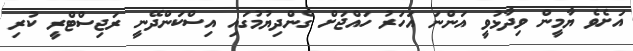
އަށެވެ ޔާމީން ވިދާޅުވީ އަންނަ އަހަރު ހައްޖަށް ގެންދިޔުމުގައި އިސްކަންދޭނީ ރަޖިސްޓްރީ ކުރި